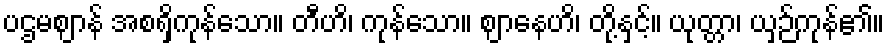
ပဌမဈာန် အစရှိကုန်သော။ တီဟိ၊ ကုန်သော။ ဈာနေဟိ၊ တို့နှင့်။ ယုတ္တာ၊ ယှဉ်ကုန်၏။